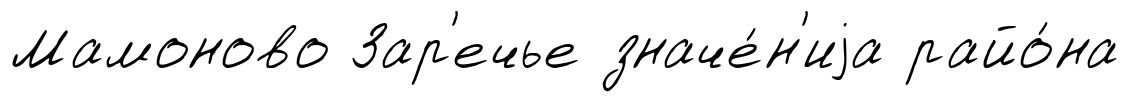
Мамоново Зар'ечье значе́н'иjа райо́на